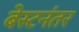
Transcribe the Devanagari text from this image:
बेस्टनंतर